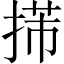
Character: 𢯨